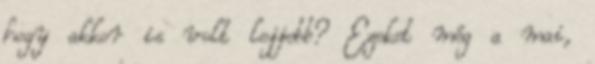
hogy akkor is volt lejjebb? Ezeket még a mai,